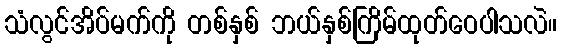
သံလွင်အိပ်မက်ကို တစ်နှစ် ဘယ်နှစ်ကြိမ်ထုတ်ဝေပါသလဲ။